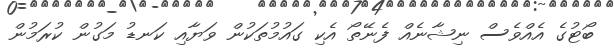
ބޯޓުގެ އެއްވެސް ނިޝާނެއް ފެނޭތޯ އެކި ގައުމުތަކުން ވަޔާއި ކަނޑު މަގުން ކުރަމުން